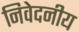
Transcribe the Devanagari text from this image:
निवेदनीय